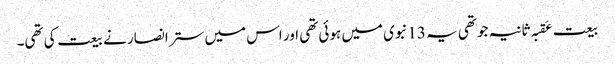
بیعت عَقبہ ثانیہ جو تھی یہ 13نبوی میں ہوئی تھی اور اس میں ستر انصار نے بیعت کی تھی۔